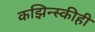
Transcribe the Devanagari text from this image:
कझिन्स्कीही